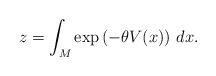
LaTeX: \begin{align*} z = \int_{M} \exp\left(-\theta{V(x)}\right) \, dx.\end{align*}